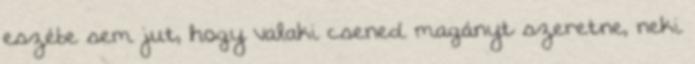
eszébe sem jut, hogy valaki csened magányt szeretne, neki